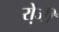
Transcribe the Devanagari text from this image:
रो़जी